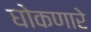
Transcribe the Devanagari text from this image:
घोकणारे